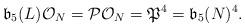
LaTeX: \begin{align*}\mathfrak{b}_{5}(L)\mathcal{O}_N=\mathcal{P}\mathcal{O}_N=\mathfrak{P}^4=\mathfrak{b}_{5}(N)^4.\end{align*}